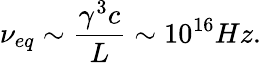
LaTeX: \nu_{eq}\sim\frac{\gamma^{3}c}{L}\sim 10^{16}Hz.